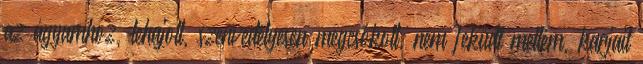
az ágyamhoz, lehajolt, szenvedélyesen megcsókolt, nem feküdt mellém, karjait